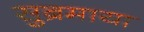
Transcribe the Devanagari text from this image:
सुब्रमाया